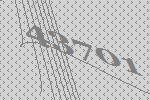
43701